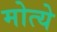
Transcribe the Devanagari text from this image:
मोत्ये